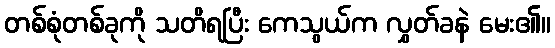
တစ်စုံတစ်ခုကို သတိရပြီး ကေသွယ်က လွှတ်ခနဲ မေး၏။